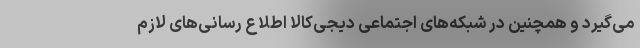
می‌گیرد و همچنین در شبکه‌های اجتماعی دیجی‌کالا اطلاع رسانی‌های لازم